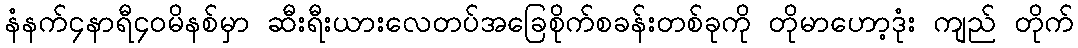
နံနက်၄နာရီ၄၀မိနစ်မှာ ဆီးရီးယားလေတပ်အခြေစိုက်စခန်းတစ်ခုကို တိုမာဟော့ဒုံး ကျည် တိုက်